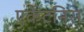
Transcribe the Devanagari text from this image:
एर्केटनिस